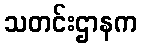
သတင်းဌာနက